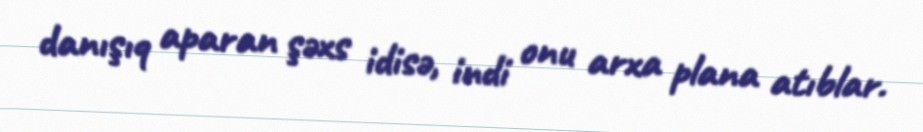
danışıq aparan şəxs idisə, indi onu arxa plana atıblar.